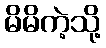
မိမိကဲ့သို့